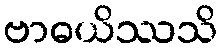
ဗာဓယိဿသိ